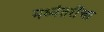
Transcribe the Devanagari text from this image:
मध्यंतरींचा